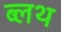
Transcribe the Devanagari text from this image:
ब्लथ